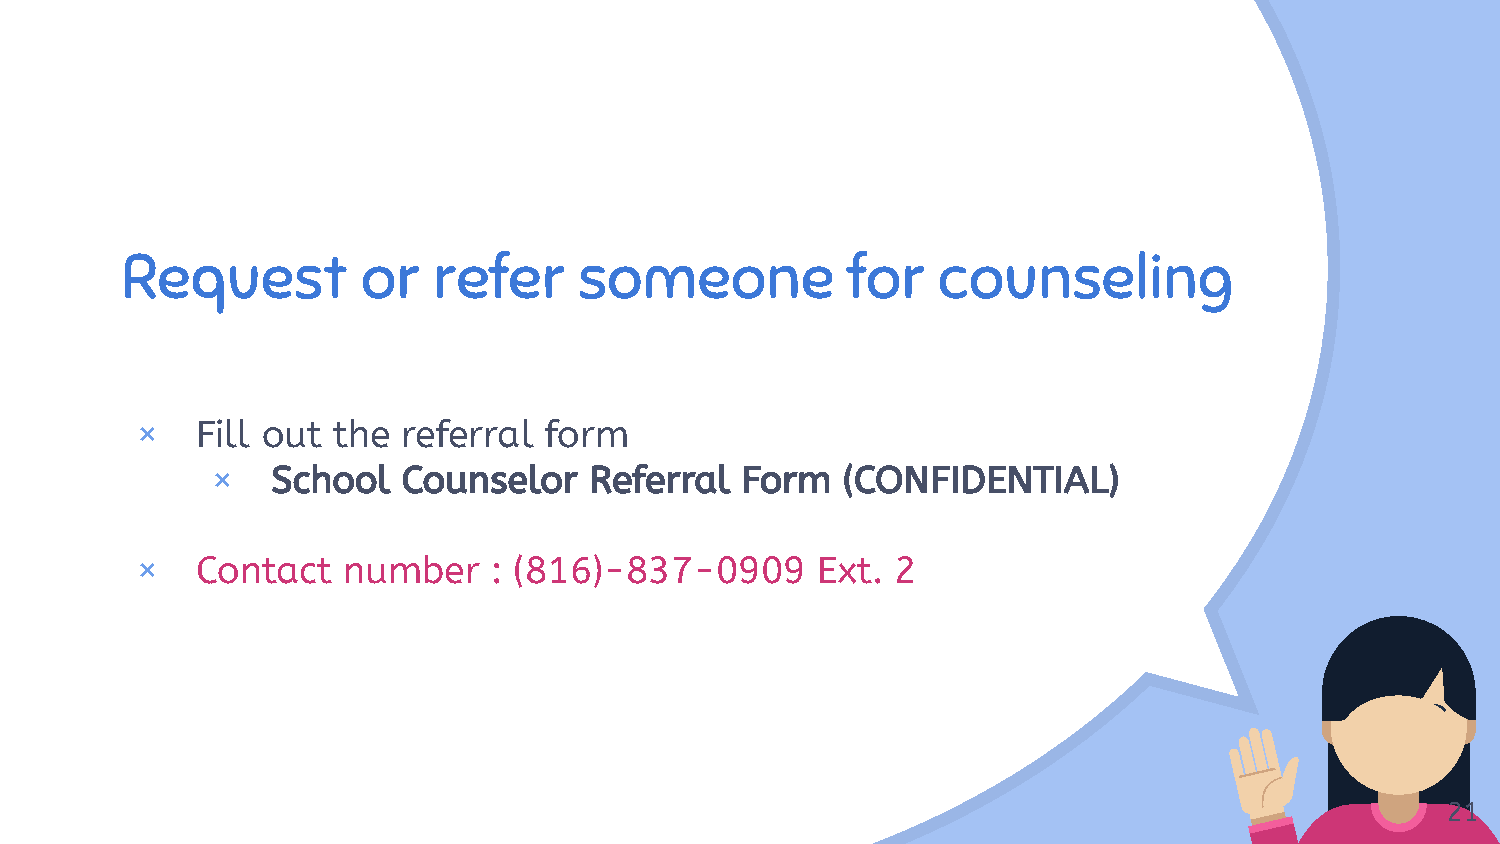
“
 Request         or   refer    someone           for   counseling
 ×   Fill out the  referral form
 ×   School   Counselor   Referral  Form   (CONFIDENTIAL)
 ×   Contact   number   : (816)-837-0909      Ext. 2
 21